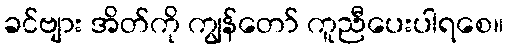
ခင်ဗျား အိတ်ကို ကျွန်တော် ကူညီပေးပါရစေ။